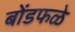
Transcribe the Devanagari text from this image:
बोंडफळे